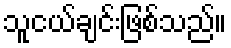
သူငယ်ချင်းဖြစ်သည်။